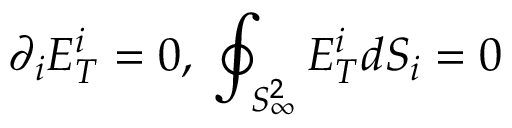
\partial _ { i } E _ { T } ^ { i } = 0 , \; \oint _ { S _ { \infty } ^ { 2 } } E _ { T } ^ { i } d S _ { i } = 0